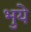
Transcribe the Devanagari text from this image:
भुये